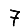
Digit: 7